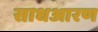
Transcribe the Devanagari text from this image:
साधआरण